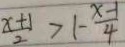
\frac { x + 1 } { 2 } > 1 - \frac { x - 1 } { 4 }